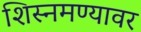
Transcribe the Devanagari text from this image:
शिस्नमण्यावर